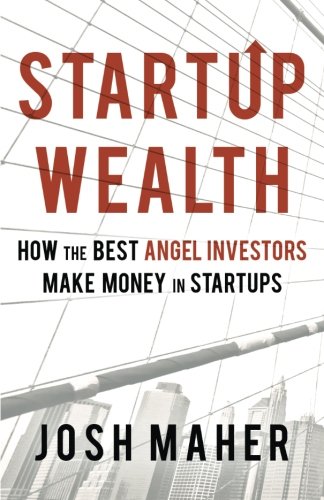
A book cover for Startup Wealth: How the Best Angel Investors Make Money in Startups; Josh Maher; Business & Money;